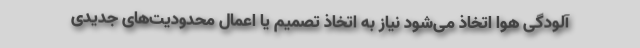
آلودگی هوا اتخاذ می‌شود نیاز به اتخاذ تصمیم یا اعمال محدودیت‌های جدیدی